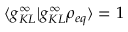
\langle g _ { K L } ^ { \infty } \vert g _ { K L } ^ { \infty } \rho _ { e q } \rangle = 1